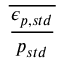
\displaystyle \overline { { \frac { \epsilon _ { p , s t d } } { p _ { s t d } } } }